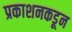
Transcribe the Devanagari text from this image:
प्रकाशनकडून